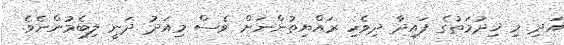
އަދި މި ޚިދުމަތުގެ ފައިދާ ދިވެހި ރައްޔިތުންނަށް ވެސް މިއަދު ދަނީ ލިބެމުންނެވެ.